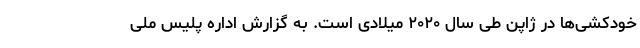
خودکشی‌ها در ژاپن طی سال ۲۰۲۰ میلادی است. به گزارش اداره پلیس ملی